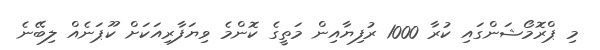
މި ޕްރޮމޯޝަންގައި ކުރާ 1000 ރުފިޔާއިން މަތީގެ ކޮންމެ ވިޔަފާރިއަކަށް ކޫޕަނެއް ލިބޭނެ